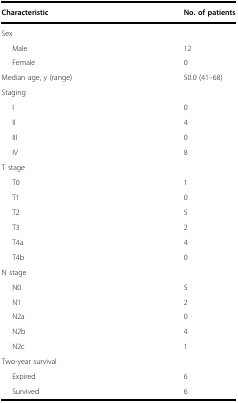
| Characteristic | No. of patients |
 | --- | --- |
 | <COLSPAN=2> Sex |
 | Male | 12 |
 | Female | 0 |
 | Median age, y (range) | 50.0 (41–68) |
 | <COLSPAN=2> Staging |
 | I | 0 |
 | II | 4 |
 | III | 0 |
 | IV | 8 |
 | <COLSPAN=2> T stage |
 | T0 | 1 |
 | T1 | 0 |
 | T2 | 5 |
 | T3 | 2 |
 | T4a | 4 |
 | T4b | 0 |
 | <COLSPAN=2> N stage |
 | N0 | 5 |
 | N1 | 2 |
 | N2a | 0 |
 | N2b | 4 |
 | N2c | 1 |
 | <COLSPAN=2> Two-year survival |
 | Expired | 6 |
 | Survived | 6 |